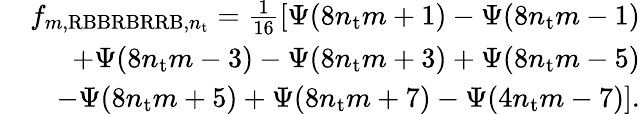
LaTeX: \begin{array}{r}{f_{m,\mathrm{RBBRBRRB},n_{\mathrm{t}}}=\frac{1}{16}[\Psi(8n_{\mathrm{t}}m+1)-\Psi(8n_{\mathrm{t}}m-1)}\\ {\quad\quad+\Psi(8n_{\mathrm{t}}m-3)-\Psi(8n_{\mathrm{t}}m+3)+\Psi(8n_{\mathrm{t}}m-5)}\\ {\quad\quad-\Psi(8n_{\mathrm{t}}m+5)+\Psi(8n_{\mathrm{t}}m+7)-\Psi(4n_{\mathrm{t}}m-7)].}\end{array}